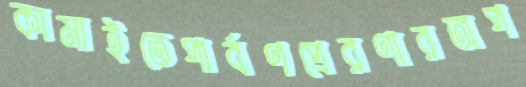
কামাইতেপার্বণপ্রেরণারঅপ